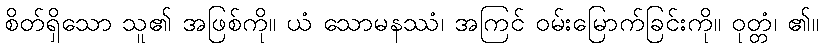
စိတ်ရှိသော သူ၏ အဖြစ်ကို။ ယံ သောမနဿံ၊ အကြင် ဝမ်းမြောက်ခြင်းကို။ ဝုတ္တံ၊ ၏။